255_413270_UFO's_and_Defense_What_Should_we_Prepare_For
Agency: NASA
Page 5
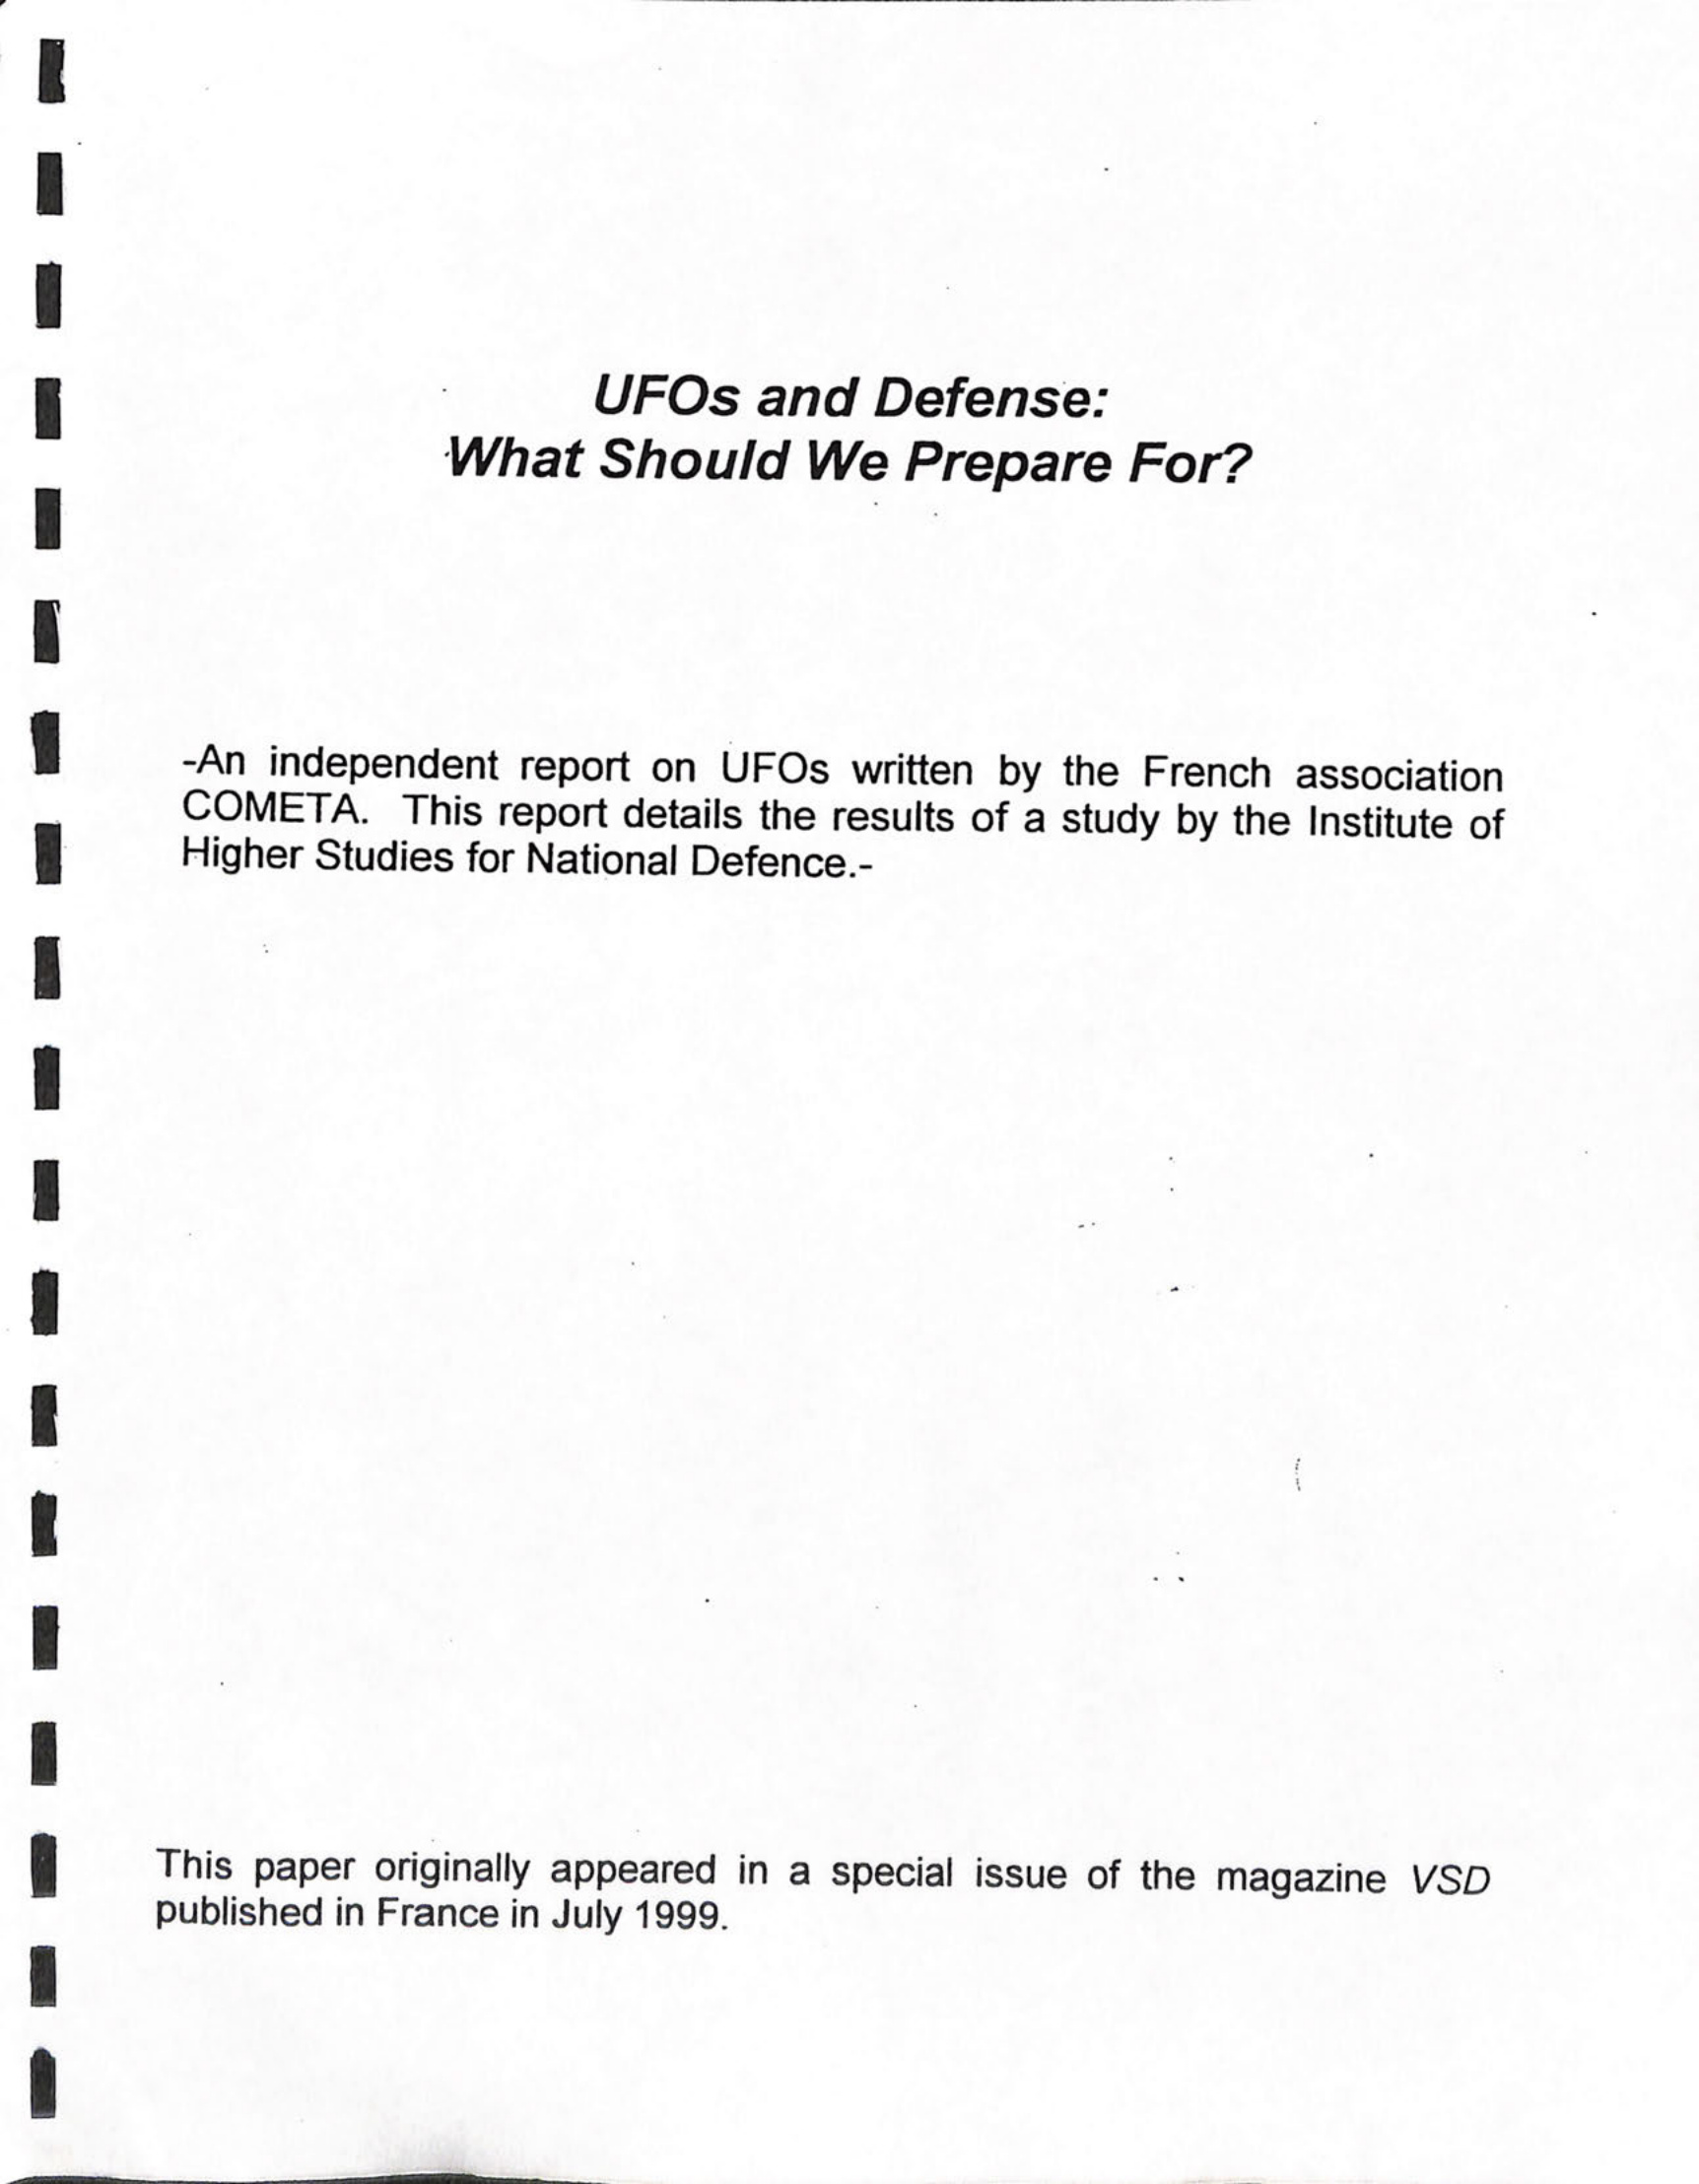